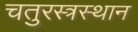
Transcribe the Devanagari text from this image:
चतुरस्त्रस्थान